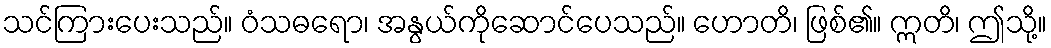
သင်ကြားပေးသည်။ ဝံသဓရော၊ အနွယ်ကိုဆောင်ပေသည်။ ဟောတိ၊ ဖြစ်၏။ ဣတိ၊ ဤသို့။